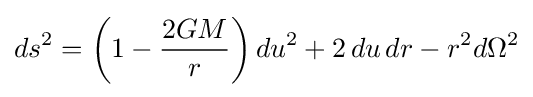
ds^{2}=\left(1-{\frac {2GM}{r}}\right)du^{2}+2\,du\,dr-r^{2}d\Omega ^{2}